Report of the Indian Hemp Drugs Commission, 1894-1895 - Volume VI
Year: 1894
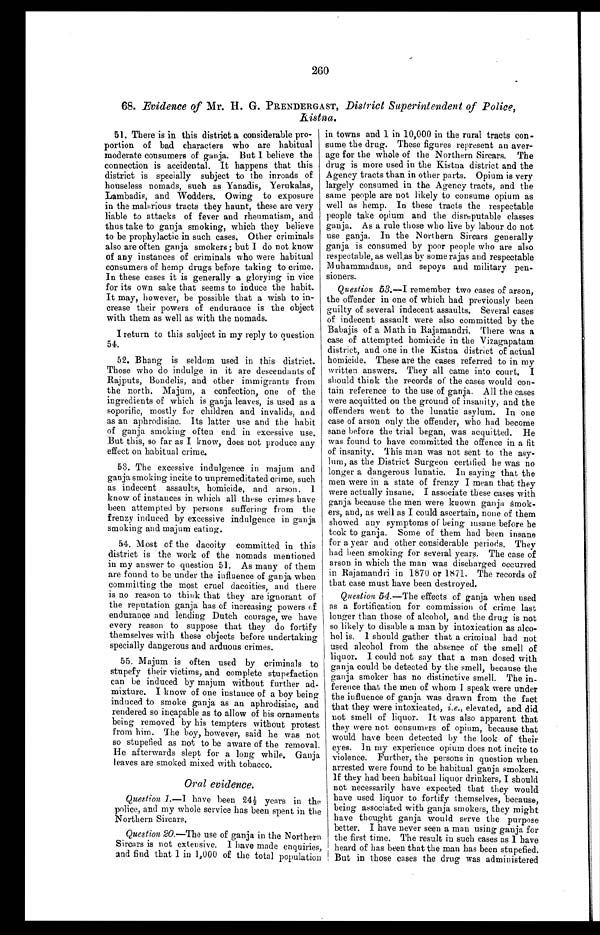
54. Most of the dacoity committed in this
district is the work of the nomads mentioned
in my answer to question 51. As many of them
are found to be under the influence of ganja when
committing the most cruel dacoities, and there
is no reason to think that they are ignorant of
the reputation ganja has of increasing powers of
endurance and lending Dutch courage, we have
every reason to suppose that they do fortify
themselves with these objects before undertaking
specially dangerous and arduous crimes.
55. Majum is often used by criminals to
stupefy their victims, and complete stupefaction
can be induced by majum without further ad-
mixture. I know of one instance of a boy being
induced to smoke ganja as an aphrodisiac, and
rendered so incapable as to allow of his ornaments
being removed by his tempters without protest
from him. The boy, however, said he was not
so stupefied as not to be aware of the removal.
He afterwards slept for a long while. Ganja
leaves are smoked mixed with tobacco.
Oral evidence.
Question 1. —I have been 24½ years in the
police, and my whole service has been spent in the
Northern Sircars.
Question 20. —The use of ganja in the Northern
Sircars is not extensive. I have made enquiries,
and find that 1 in 1,000 of the total population
260
68. Evidence of Mr. H. G. PRENDERGAST, District Superintendent of Police,
Kistna.
51. There is in this district a considerable pro-
portion of bad characters who are habitual
moderate consumers of ganja. But I believe the
connection is accidental. It happens that this
district is specially subject to the inroads of
houseless nomads, such as Yanadis, Yerukalas,
Lambadis, and Wodders. Owing to exposure
in the malarious tracts they haunt, these are very
liable to attacks of fever and rheumatism, and
thus take to ganja smoking, which they believe
to be prophylactic in such cases. Other criminals
also are often ganja smokers; but I do not know
of any instances of criminals who were habitual
consumers of hemp drugs before taking to crime.
In these cases it is generally a glorying in vice
for its own sake that seems to induce the habit.
It may, however, be possible that a wish to in-
crease their powers of endurance is the object
with them as well as with the nomads.
I return to this subject in my reply to question
54.
52. Bhang is seldom used in this district.
Those who do indulge in it are descendants of
Rajputs, Bondelis, and other immigrants from
the north. Majum, a confection, one of the
ingredients of which is ganja leaves, is used as a
soporific, mostly for children and invalids, and
as an aphrodisiac. Its latter use and the habit
of ganja smoking often end in excessive use.
But this, so far as I know, does not produce any
effect on habitual crime.
53. The excessive indulgence in majum and
ganja smoking incite to unpremeditated crime, such
as indecent assaults, homicide, and arson. I
know of instances in which all these crimes have
been attempted by persons suffering from the
frenzy induced by excessive indulgence in ganja
smoking and majum eating.
in towns and 1 in 10,000 in the rural tracts con-
sume the drug. These figures represent an aver-
age for the whole of the Northern Sircars. The
drug is more used in the Kistna district and the
Agency tracts than in other parts. Opium is very
largely consumed in the Agency tracts, and the
same people are not likely to consume opium as
well as hemp. In these tracts the respectable
people take opium and the disreputable classes
ganja. As a rule those who live by labour do not
use ganja. In the Northern Sircars generally
ganja is consumed by poor people who are also
respectable, as well as by some rajas and respectable
Muhammadans, and sepoys and military pen-
sioners.
Question 53.—I remember two eases of arson,
the offender in one of which had previously been
guilty of several indecent assaults. Several cases
of indecent assault were also committed by the
Babajis of a Math in Rajamandri. There was a
case of attempted homicide in the Vizagapatam
district, and one in the Kistna district of actual
homicide. These are the cases referred to in my
written answers. They all came into court. I
should think the records of the cases would con-
tain reference to the use of ganja. All the cases
were acquitted on the ground of insanity, and the
offenders went to the lunatic asylum. In one
case of arson only the offender, who had become
sane before the trial began, was acquitted. He
was found to have committed the offence in a fit
of insanity. This man was not sent to the asy-
lum, as the District Surgeon certified he was no
longer a dangerous lunatic. In saying that the
men were in a state of frenzy I mean that they
were actually insane. I associate these cases with
ganja because the men were known ganja smok-
ers, and, as well as I could ascertain, none of them
showed any symptoms of being insane before he
took to ganja. Some of them had been insane
for a year and other considerable periods. They
had been smoking for several years. The case of
arson in which the man was discharged occurred
in Rajamandri in 1870 or 1871. The records of
that case must have been destroyed.
Question 54. —The effects of ganja when used
as a fortification for commission of crime last
longer than those of alcohol, and the drug is not
so likely to disable a man by intoxication as alco-
hol is. I should gather that a criminal had not
used alcohol from the absence of the smell of
liquor. 1 could not say that a man dosed with
ganja could be detected by the smell, because the
ganja smoker has no distinctive smell. The in-
ference that the men of whom I speak were under
the influence of ganja was drawn from the fact
that they were intoxicated, i.e., elevated, and did
not smell of liquor. It was also apparent that
they were not consumers of opium, because that
would have been detected by the look of their
eyes. In my experience opium does not incite to
violence. Further, the persons in question when
arrested were found to be habitual ganja smokers.
If they had been habitual liquor drinkers, I should
not necessarily have expected that they would
have used liquor to fortify themselves, because,
being associated with ganja smokers, they might
have thought ganja would serve the purpose
better. I have never seen a man using ganja for
the first time. The result in such cases as I have
heard of has been that the man has been stupefied.
But in those cases the drug was administered